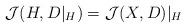
LaTeX: \begin{align*}\mathcal J(H, D|_H)=\mathcal J(X, D)|_H\end{align*}